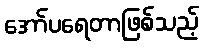
အော်ပရေတာဖြစ်သည့်